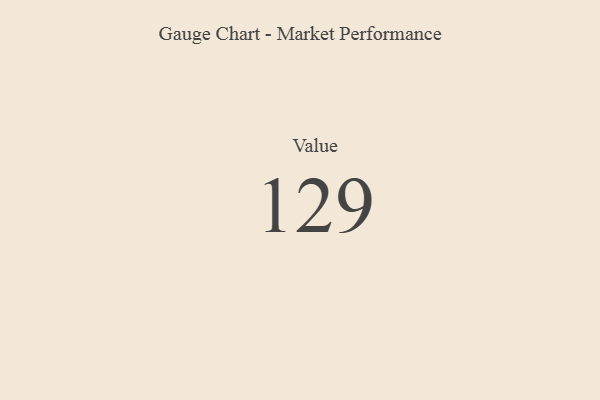
{"axis": {"x": "Metric", "y": "Value"}, "legend": [""], "data": [{"x": "Value", "y": 129, "type": ""}]}